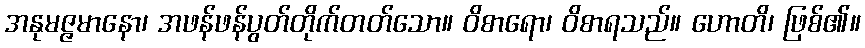
အနုမဇ္ဇမာနော၊ အဖန်ဖန်ပွတ်တိုက်တတ်သော။ ဝိစာရော၊ ဝိစာရသည်။ ဟောတိ၊ ဖြစ်၏။